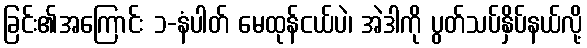
ခြင်း၏အကြောင်း ၁-နံပါတ် မေထုန်ငယ်ပဲ၊ အဲဒါကို ပွတ်သပ်နှိပ်နယ်လို့